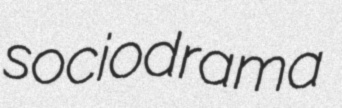
sociodrama